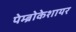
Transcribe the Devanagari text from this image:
पेम्ब्रोकेशायर